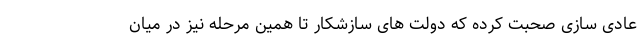
عادی سازی صحبت کرده که دولت های سازشکار تا همین مرحله نیز در میان